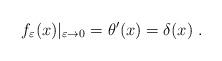
LaTeX: \begin{align*}f_\varepsilon (x)|_{\varepsilon \rightarrow 0} = \theta' (x) =\delta (x) \;.\end{align*}